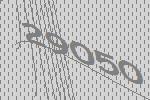
29050